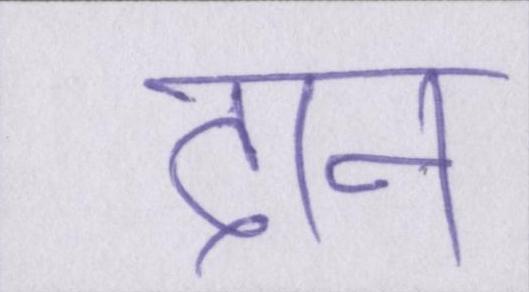
दान